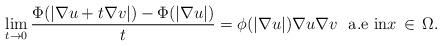
LaTeX: \begin{align*}\displaystyle\lim_{t\rightarrow 0}\frac{\Phi(|\nabla u+t\nabla v|)-\Phi(|\nabla u|)}{t}=\phi(|\nabla u|)\nabla u\nabla v~ \,\,\mbox{a.e in}x \, \in \,\Omega.\end{align*}